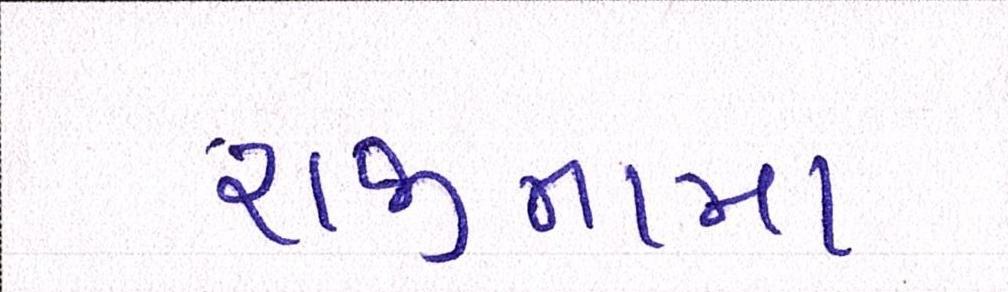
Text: રાજીનામા